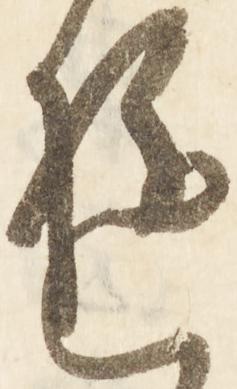
ゆ